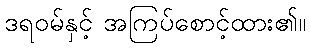
ဒရဝမ်နှင့် အကြပ်စောင့်ထား၏။